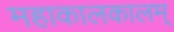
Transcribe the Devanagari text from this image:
महाकालकालम्